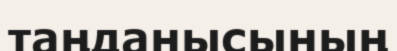
таңданысының